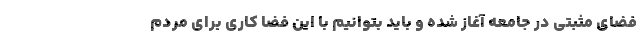
فضای مثبتی در جامعه آغاز شده و باید بتوانیم با این فضا کاری برای مردم